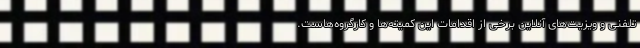
تلفنی و ویزیت‌های آنلاین برخی از اقدامات این کمیته‌ها و کارگروه‌هاست.